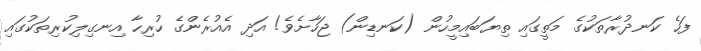
ފަހެ ކަނދުރާތަކުގެ މަތީގައި ތިޔަބައިމީހުން (ކަނޑިން) ޖަހާށެވެ! އަދި އެއުރެންގެ ހުރިހާ އިނގިލިކުރިތަކުގައި